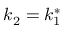
k _ { 2 } = k _ { 1 } ^ { \ast }